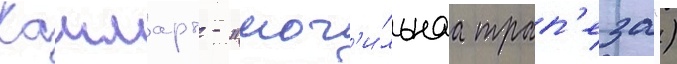
Кашмарт - "мог'и́льнаа трап'еза")